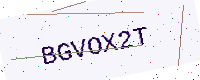
Text: BGVOX2T